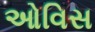
ઓવિસ